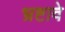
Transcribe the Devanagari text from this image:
भ्रष्टावे